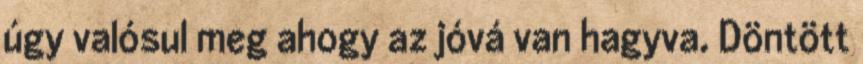
úgy valósul meg ahogy az jóvá van hagyva. Döntött